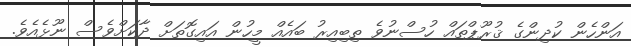
އަންހެން ކުދިންގެ ޤުރޫޕްތައް ހުސްނުވެ ތިބިއިރު ބައެއް މީހުން އައިގޮތަށް ދާކަށްވެސް ނޫޅެއެވެ.